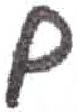
אות: ם